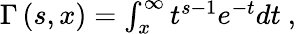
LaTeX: \begin{array}{r}{\Gamma\left(s,x\right)=\int_{x}^{\infty}t^{s-1}e^{-t}dt\ ,}\end{array}